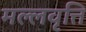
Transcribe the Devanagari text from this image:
मल्लवृत्ति